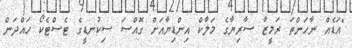
"އަޑެއް ނާހަންތަ ރަމީޒާ ސާރިޔާގެ މަލާކް އިންޑިޔާއަށް ގޮއްސަ ސިކުނޑީގެ ޓެސްޓެކޯ ހައްދަން